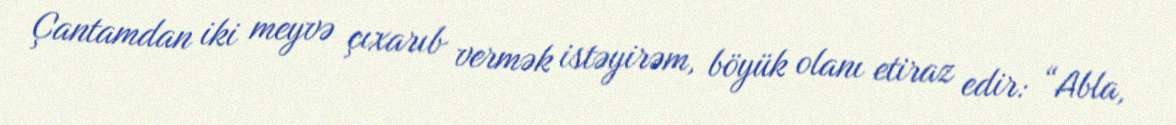
Çantamdan iki meyvə çıxarıb vermək istəyirəm, böyük olanı etiraz edir: “Abla,